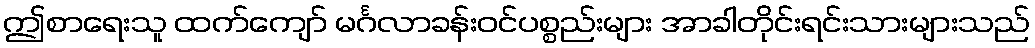
ဤစာရေးသူ ထက်ကျော် မင်္ဂလာခန်းဝင်ပစ္စည်းများ အာခါတိုင်းရင်းသားများသည်